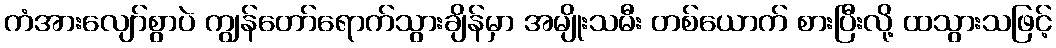
ကံအားလျော်စွာပဲ ကျွန်တော်ရောက်သွားချိန်မှာ အမျိုးသမီး တစ်ယောက် စားပြီးလို့ ထသွားသဖြင့်